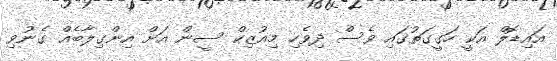
އައިޑޮލް އަކީ ހަގީގަތުގައި ވެސް ދިވެހި މިއުޒިކް ސީން އަށް އިންގިލާބެއް ގެނުވި